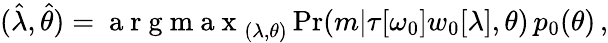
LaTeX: \begin{array}{r}{(\hat{\lambda},\hat{\theta})=\mathrm{~a~r~g~m~a~x~}_{(\lambda,\theta)}\operatorname*{Pr}(m|\tau[\omega_{0}]w_{0}[\lambda],\theta)\, p_{0}(\theta)\, ,}\end{array}